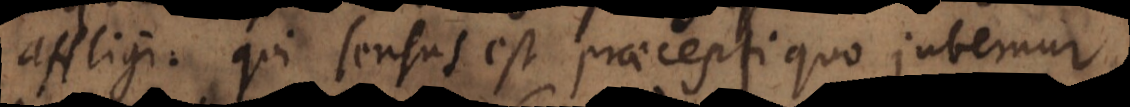
affligi: qui sensus est praecepti quo jubemur